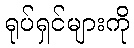
ရုပ်ရှင်များကို